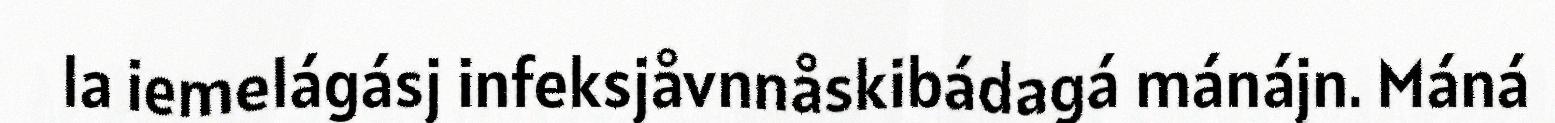
la iemelágásj infeksjåvnnåskibádagá mánájn. Máná